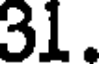
31.